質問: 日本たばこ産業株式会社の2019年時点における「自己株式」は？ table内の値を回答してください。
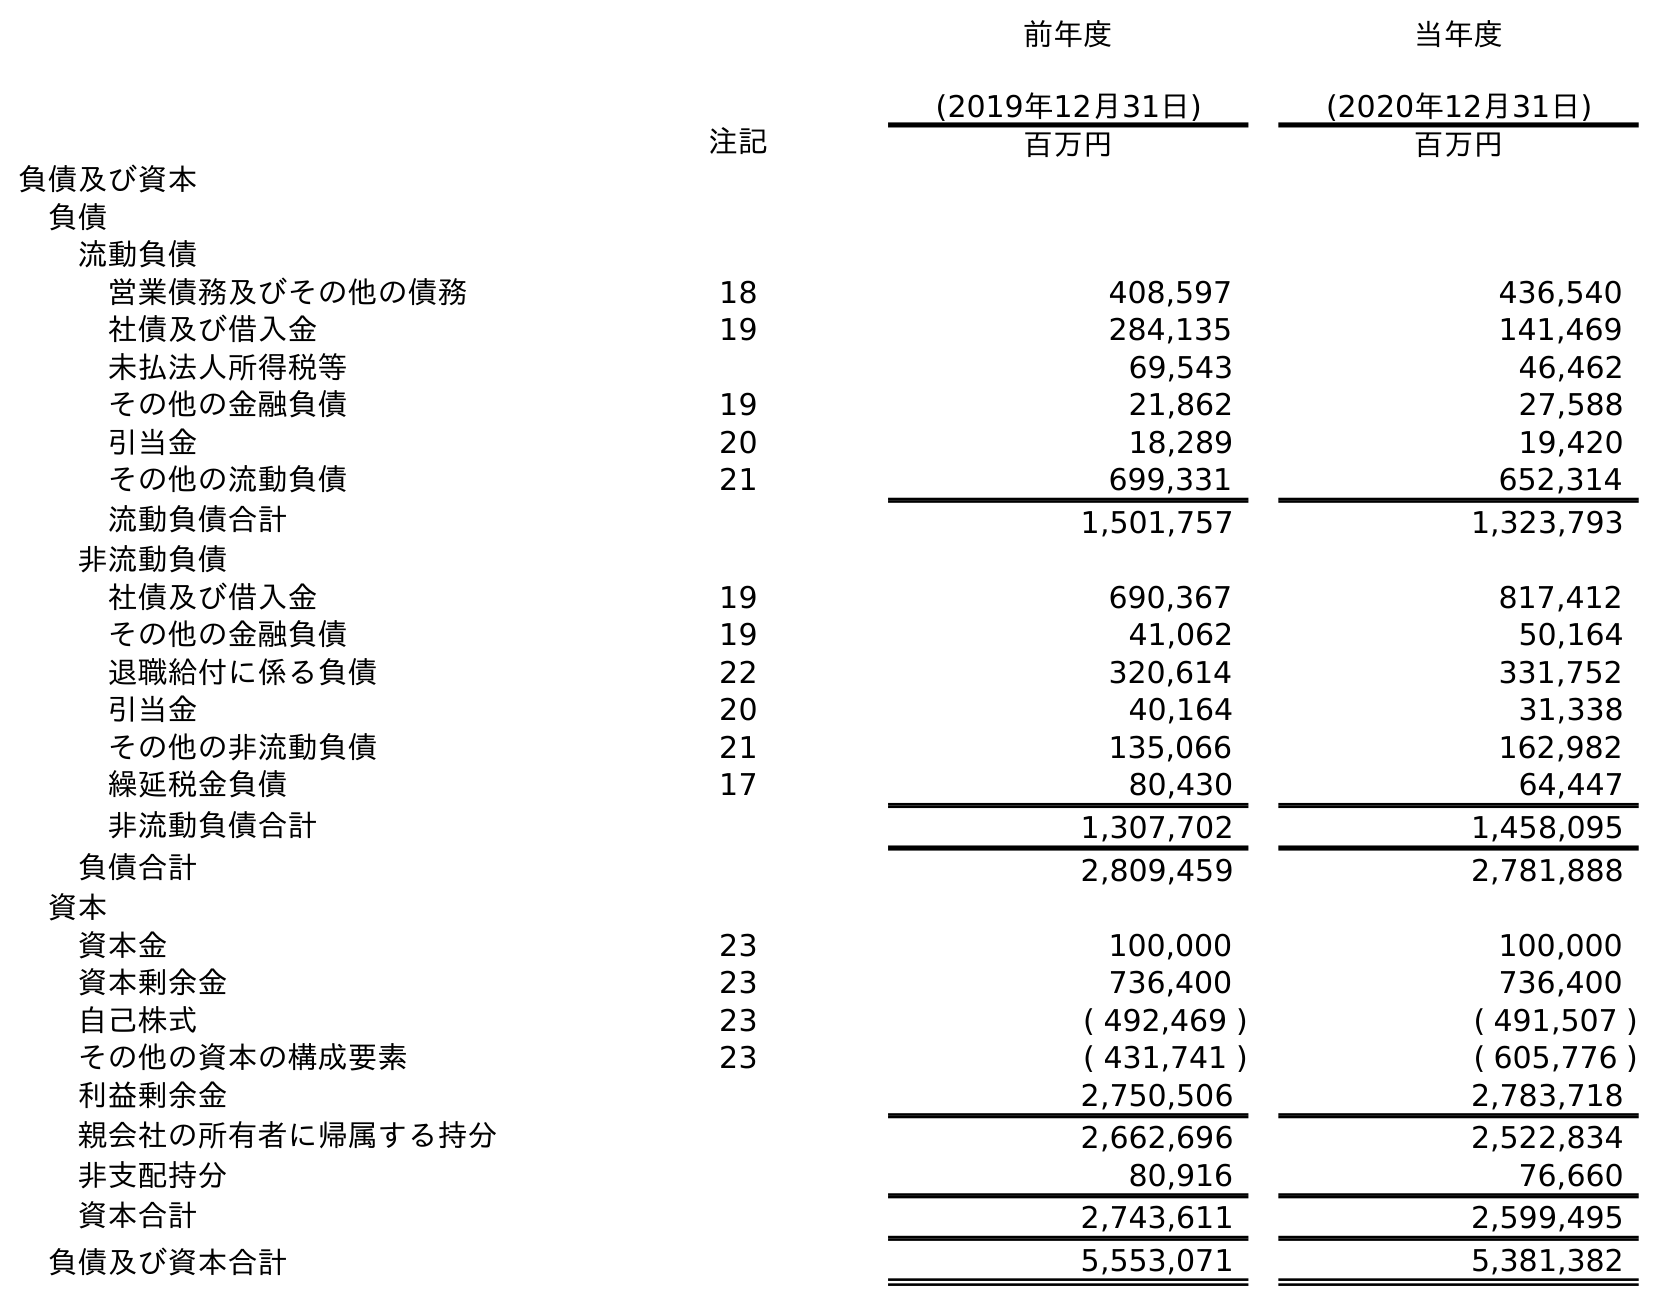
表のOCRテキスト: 前年度 (2019年12月31日) 当年度 (2020年12月31日) 注記 百万円 百万円 負債及び資本 負債 流動負債 営業債務及びその他の債務 18 408,597 436,540 社債及び借入金 19 284,135 141,469 未払法人所得税等 69,543 46,462 その他の金融負債 19 21,862 27,588 引当金 20 18,289 19,420 その他の流動負債 21 699,331 652,314 流動負債合計 1,501,757 1,323,793 非流動負債 社債及び借入金 19 690,367 817,412 その他の金融負債 19 41,062 50,164 退職給付に係る負債 22 320,614 331,752 引当金 20 40,164 31,338 その他の非流動負債 21 135,066 162,982 繰延税金負債 17 80,430 64,447 非流動負債合計 1,307,702 1,458,095 負債合計 2,809,459 2,781,888 資本 資本金 23 100,000 100,000 資本剰余金 23 736,400 736,400 自己株式 23 ( 492,469 ) ( 491,507 ) その他の資本の構成要素 23 ( 431,741 ) ( 605,776 ) 利益剰余金 2,750,506 2,783,718 親会社の所有者に帰属する持分 2,662,696 2,522,834 非支配持分 80,916 76,660 資本合計 2,743,611 2,599,495 負債及び資本合計 5,553,071 5,381,382
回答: (492,469)